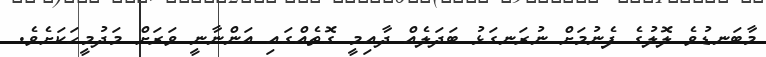
މާބަނޑުވެ ލޮލުގެ ފެނުމަށް ނުރަނގަޅު ބަދަލެއް ދާއިމީ ގޮތެއްގައި އަންނާނީ ވަރަށް މަދުމީހަކަށެވެ.